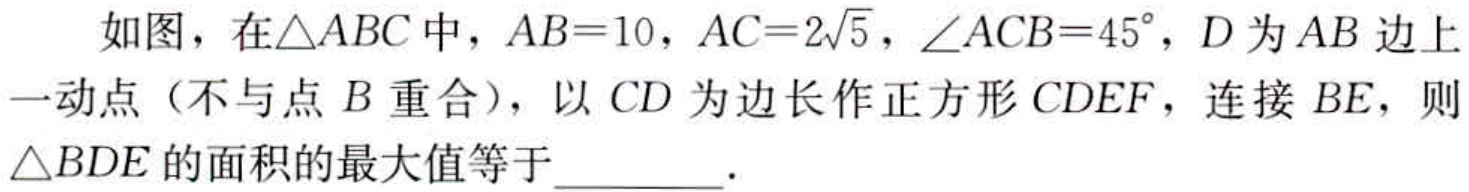
如图，在$\triangle ABC$中，$AB = 10$，$AC = 2\sqrt{5}$，$\angle ACB = 45^{\circ}$，$D$为$AB$边上一动点（不与点$B$重合），以$CD$为边长作正方形$CDEF$，连接$BE$，则$\triangle BDE$的面积的最大值等于  ．